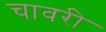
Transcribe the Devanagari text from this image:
चावरी